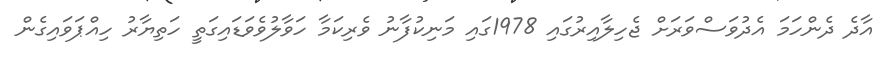
އާދެ ދެންހަމަ އެދުވަސްވަރަށް ޖެހިލާއިރުގައި 1978ގައި މަނިކުފާނު ވެރިކަމާ ހަވާލުވެވަޑައިގަތީ ހަތިޔާރު ހިއްޕަވައިގެން